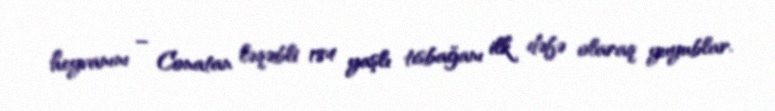
heyvanını – Conatan ləqəbli 184 yaşlı tısbağanı ilk dəfə olaraq yuyublar.